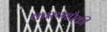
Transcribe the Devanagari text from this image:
कारणापैकी